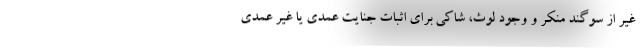
غیر از سوگند منکر و وجود لوث، شاکی برای اثبات جنایت عمدی یا غیر عمدی